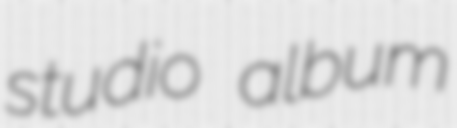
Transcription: studio album